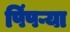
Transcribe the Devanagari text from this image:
पिंपऱ्या